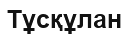
Тұсқұлан